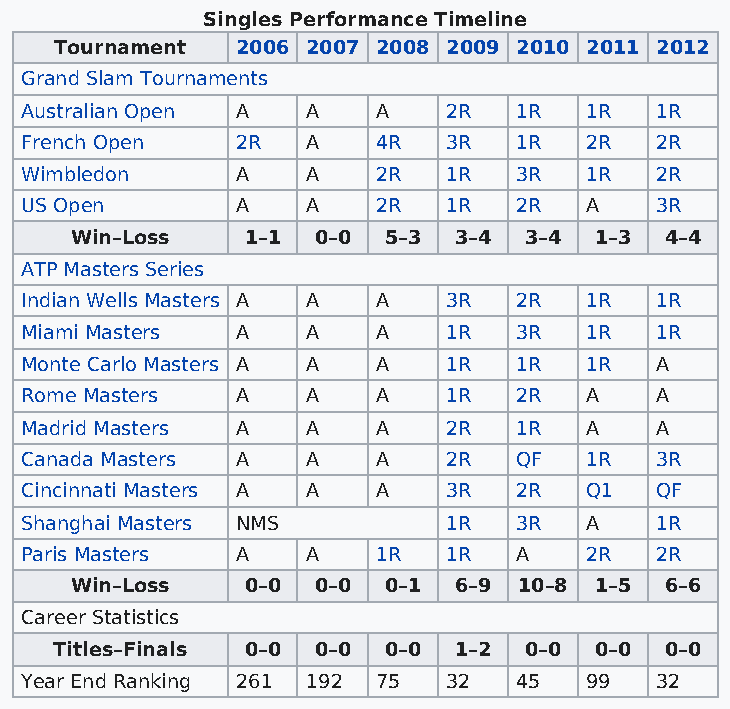
Singles Performance Timeline
 Tournament  2006 2007 2008 2009 2010 2011 2012
 Grand Slam Tournaments
 Australian Open A  A    A    2R  1R   1R  1R
 French Open    2R  A    4R   3R  1R   2R  2R
 Wimbledon      A   A    2R   1R  3R   1R  2R
 US Open        A   A    2R   1R  2R   A   3R
 Win–Loss   1–1  0–0 5–3  3–4  3–4 1–3  4–4
 ATP Masters Series
 Indian Wells Masters A A A   3R  2R   1R  1R
 Miami Masters  A   A    A    1R  3R   1R  1R
 Monte Carlo Masters A A A    1R  1R   1R  A
 Rome Masters   A   A    A    1R  2R   A   A
 Madrid Masters A   A    A    2R  1R   A   A
 Canada Masters A   A    A    2R  QF   1R  3R
 Cincinnati Masters A A  A    3R  2R   Q1  QF
 Shanghai Masters NMS         1R  3R   A   1R
 Paris Masters  A   A    1R   1R  A    2R  2R
 Win–Loss   0–0  0–0 0–1  6–9 10–8 1–5  6–6
 Career Statistics
 Titles–Finals 0–0 0–0 0–0 1–2  0–0 0–0  0–0
 Year End Ranking 261 192 75  32  45   99  32